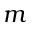
m